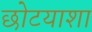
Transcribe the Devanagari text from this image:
छोटयाशा